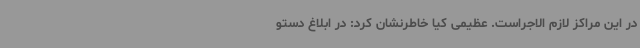
در این مراکز لازم الاجراست. عظیمی کیا خاطرنشان کرد: در ابلاغ دستو